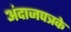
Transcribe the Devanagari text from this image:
अंदाजपत्रके